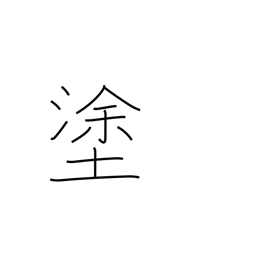
Meaning: smear